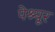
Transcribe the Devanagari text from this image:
पेश्यूर